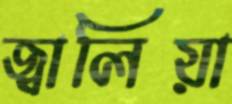
জ্বালিয়া